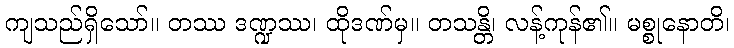
ကျသည်ရှိသော်။ တဿ ဒဏ္ဍဿ၊ ထိုဒဏ်မှ။ တသန္တိ၊ လန့်ကုန်၏။ မစ္စုနောတိ၊